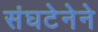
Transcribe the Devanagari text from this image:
संघटेनेने